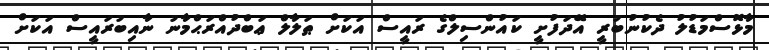
މާޅޮސްމަޑުލު ދެކުނުބުރީ އޭދަފުށީ ކައުންސިލްގެ ރައީސް އަކަށް ޠަލާލް ޢަބްދުއްރަޙްމާނު ނާއިބުރައީސް އަކަށް